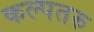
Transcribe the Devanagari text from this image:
कल्‍पतरु